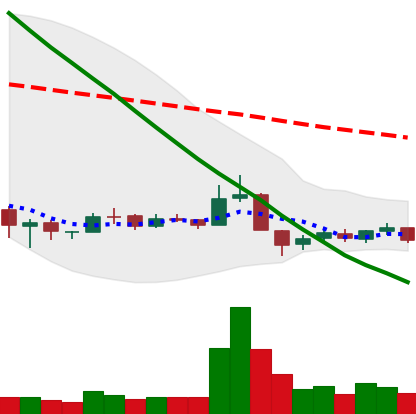
Ticker: BNB-USD
Chart end date: 2018-12-13
Forward return: 20.418%
Label: up_7plus